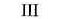
Ⅲ